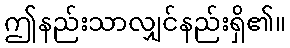
ဤနည်းသာလျှင်နည်းရှိ၏။